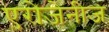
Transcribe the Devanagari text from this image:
एरोजेनीज